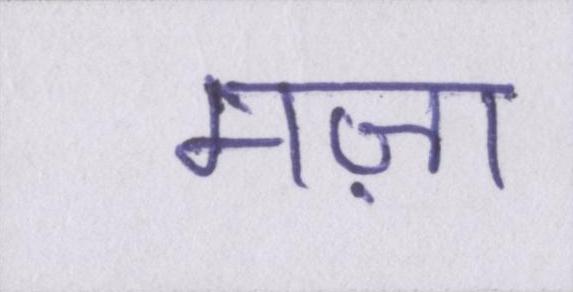
मज़ा